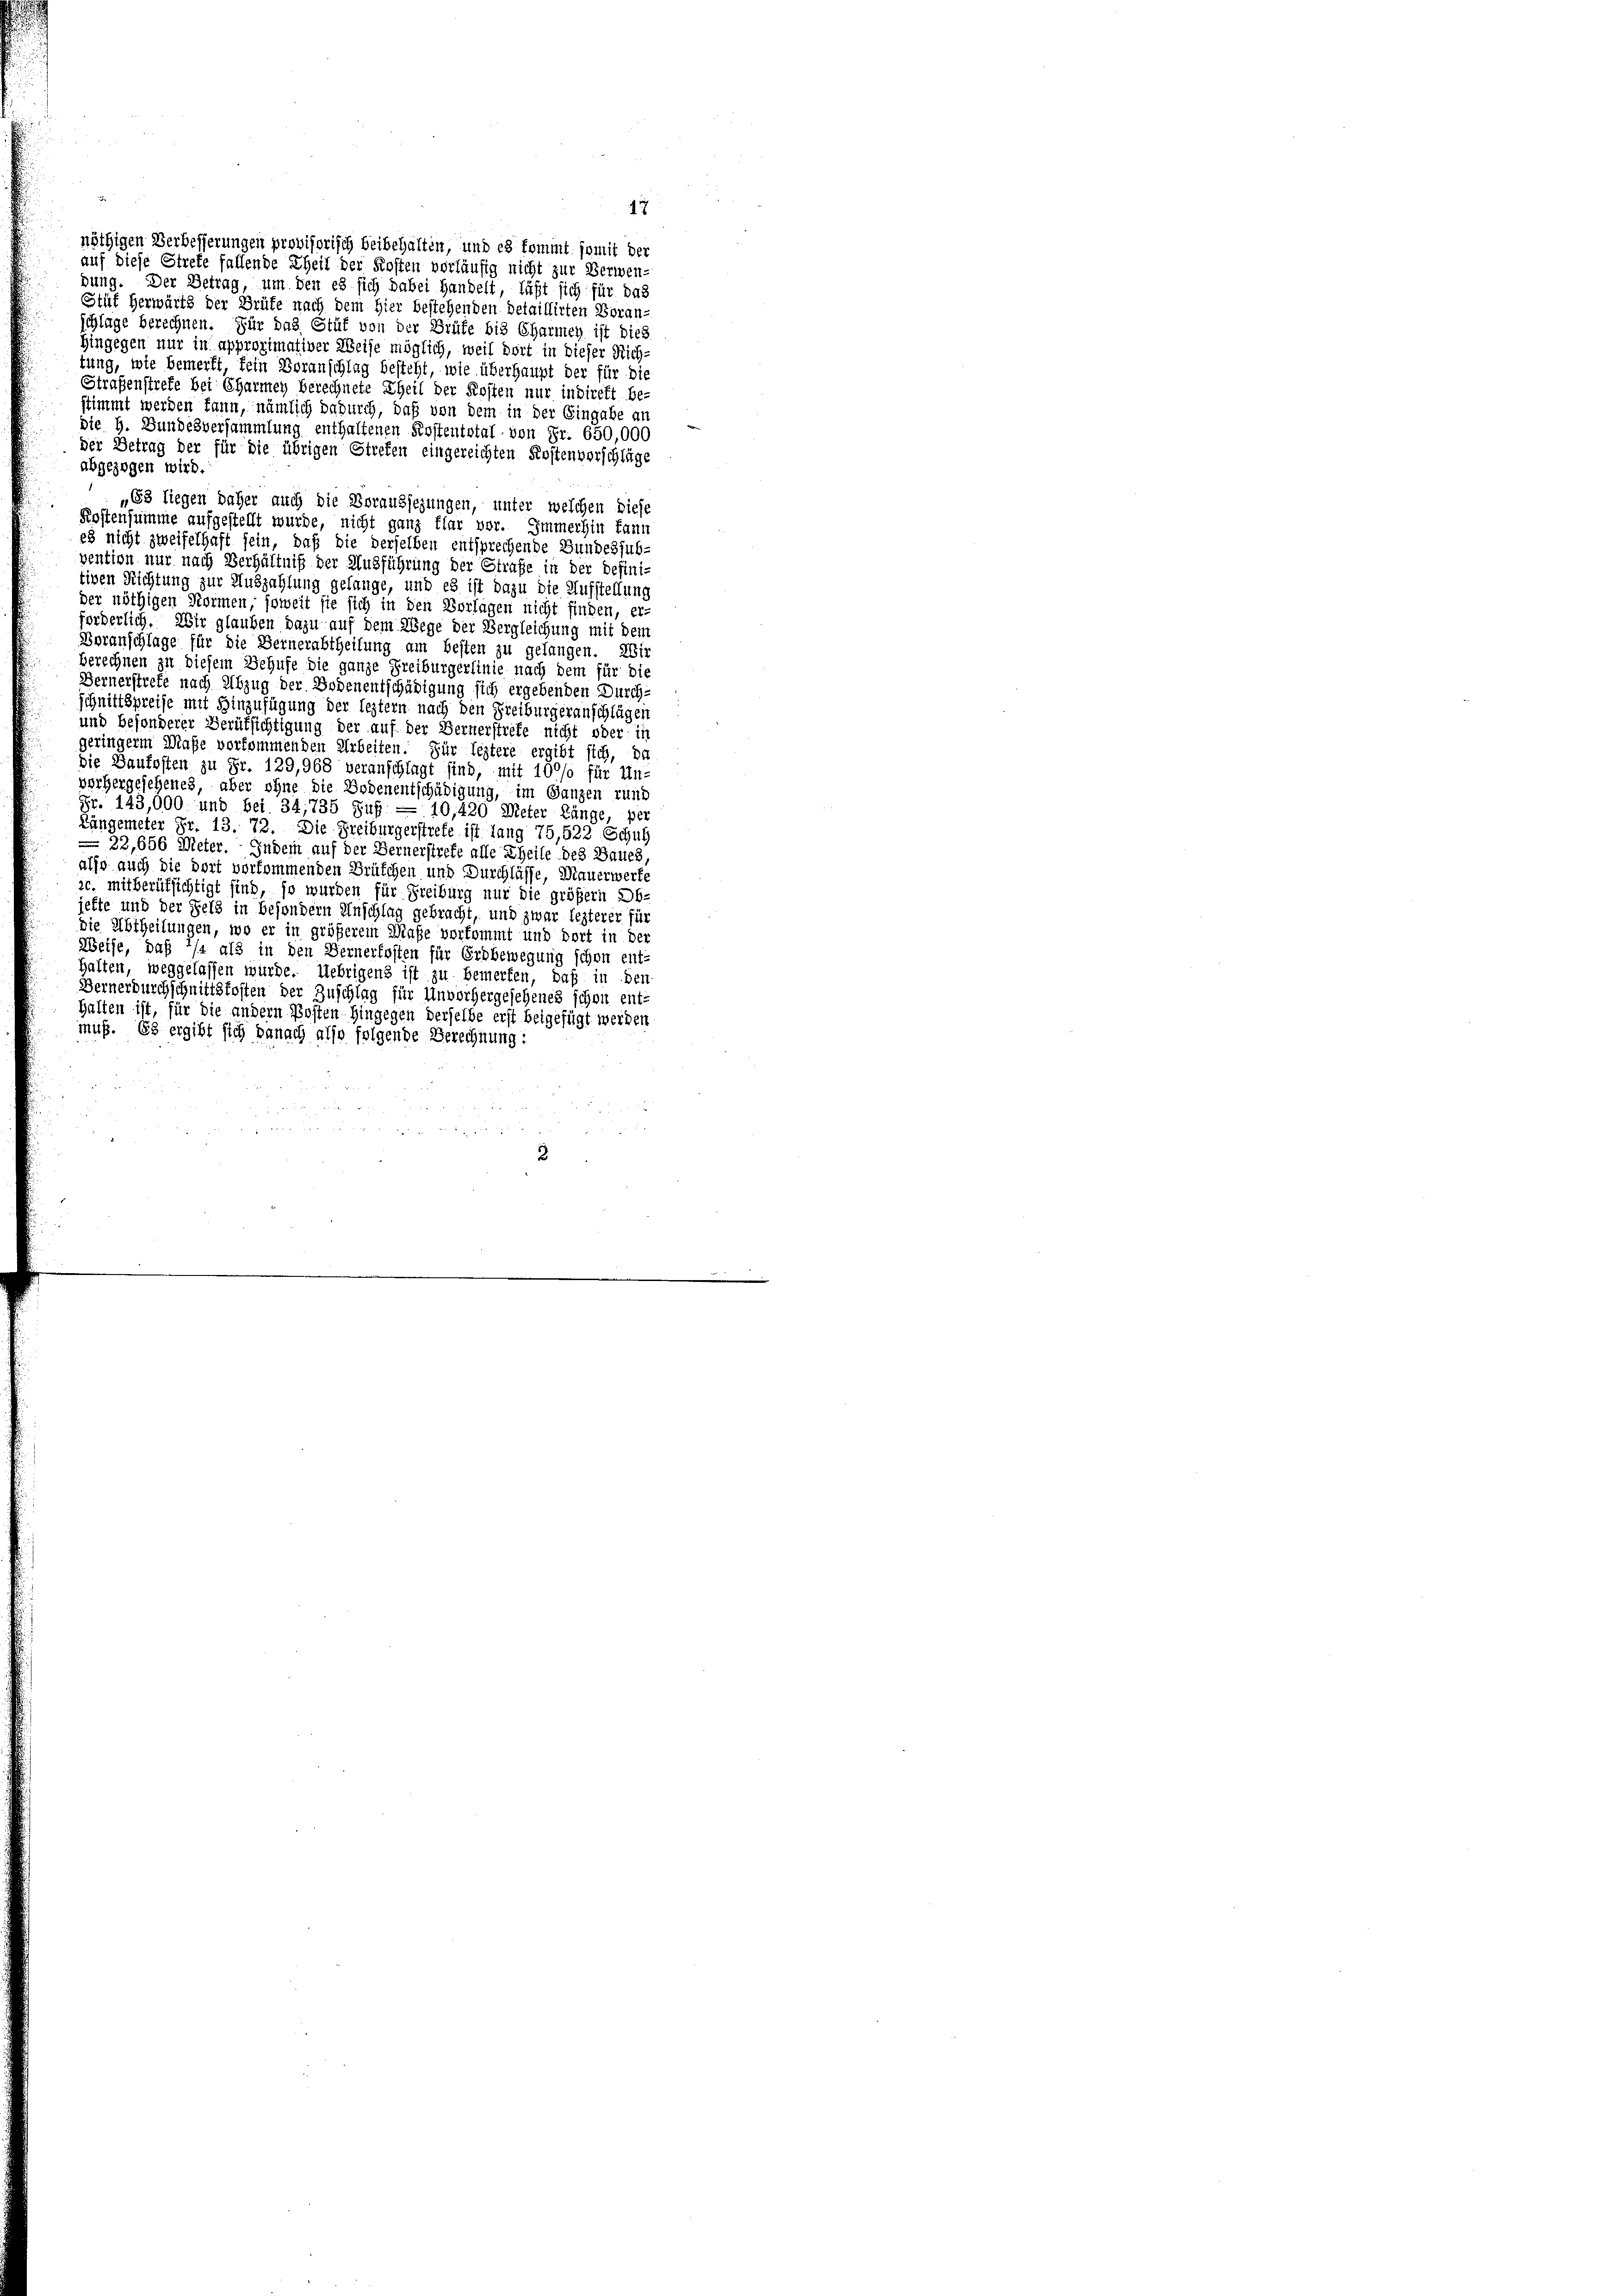
schlage berechnen. Für das Stüt von der Grüte bis Charmen ist dies
Hingegen nur in approximativer Weise möglich, weil dort in dieser Rich-
tung, wie bemerkt, fein Voranschlag besteht, wie überhaupt der für die
Straßenstrete bei Charmen berechnete Theil der Kosten nur indirekt be-
stimmt werden kann, nämlich dadurch, daß von dem in der Eingabe an
die H. Bundesversammlung enthaltenen Kostentstal von Fr. 650,000
der Betrag der für die übrigen Streten eingereichten Kostenverschläge
abgezogen wird.
„68 liegen daher auch die Voraussezungen, unter welchen diese
Kostensumme aufgestellt wurde, nicht ganz klar vor. Immerhin kann
es nicht zweifelhaft sein, daß die derselben entsprechende Bundessubvention nur nach Verhältniß der Ausführung der Strafe in der defini-
tiven Richtung zur Auszahlung gelange, und es ist dazu die Aufstellung
der nöthigen Normen, soweit sie sich in den Vorlagen nicht finden, er
orderlich. Wir glauben dazu auf dem Wege der Vergleichung mit dem
Voranschlage für die Bernerabtheilung am besten zu gelangen. 21.
berechnen zu diesem Behufe die ganze Freiburgerlinie nach dem für die
Bernerstrefe nach Abzug der Bodenentschädigung sich ergebenden Durch-
schnittspreise mit Hinzufügung der leztern nach den Freiburgeranschlägen
und besonderer Berufsichtigung der auf der Bernerstiefe nicht oder is
geringerm Maße vorkommenden Arbeiten. Für leztere ergibt sich, da
die Baufosten zu Fr. 129,968 veranschlagt sind, mit 1000 für Un-
vorhergesehenes, aber ohne die Bodenentschädigung, im Ganzen rund
Fr. 143,000 und bei 34,735 Fuß — 10,420 Meter Länge, per
Lungemeter Fr. 13. 72. Die Freiburgerstrete ist lang 75,522 Schul
—22,656 Meter. Indem auf der Bernerstrete alle Theile des Baues,
also auch die dort vorkommenden Brüschen und Durchlasse, Mauerwerfe
ic. mitberufsichtigt sind, so wurden für Freiburg nur die größern Ab-
jefte und der Feld in besondern Anschlag gebracht, und zwar lezterer für
die Abtheilungen, wo er in größerem Maße vorkommt und dort in der
Weise, daß 1/4 als in den Bernerfosten für Erdbewegung schon ent-
halten, weggelassen würde. Uebrigens ist zu bemerken, daß in der
Bernerdurchschnittskosten der Zuschlag für Unvorhergesehenes schon ent-
Halten ist, für die andern Posten Hingegen derselbe erst beigefügt werden
muß. Es ergibt sich danach also folgende Berechnung:

nöthigen Verbesserungen provisorisch beibehalten, und es kommt somit der
auf diese Strete fallende Theil der Kosten vorläufig nicht zur Verwen-
dung. Der Betrag, um den es sich dabei Handelt, läßt sich für das
Stut herwärts der Grüte nach dem Hier bestehenden Detaillirten Voran-

47